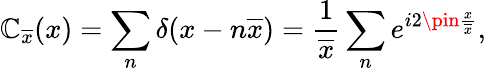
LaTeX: \mathbb{C}_{\overline{{{x}}}}(x)=\sum_{n}\delta(x-n\overline{{{x}}})=\frac{{1}}{{\overline{{{x}}}}}\sum_{n}e^{i2\pin\frac{{x}}{{\overline{{{x}}}}}},